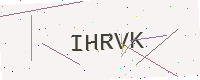
Text: IHRVK